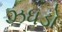
ઝધડો